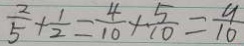
\frac { 2 } { 5 } + \frac { 1 } { 2 } = \frac { 4 } { 1 0 } \times \frac { 5 } { 1 0 } = \frac { 9 } { 1 0 }